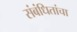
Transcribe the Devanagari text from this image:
संबंधितांचा